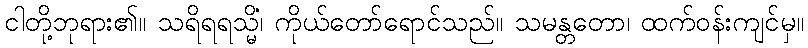
ငါတို့ဘုရား၏။ သရိရရသ္မိံ၊ ကိုယ်တော်ရောင်သည်။ သမန္တတော၊ ထက်ဝန်းကျင်မှ။